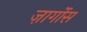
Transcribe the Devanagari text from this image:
ज़ार्गोस